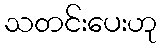
သတင်းပေးဟု